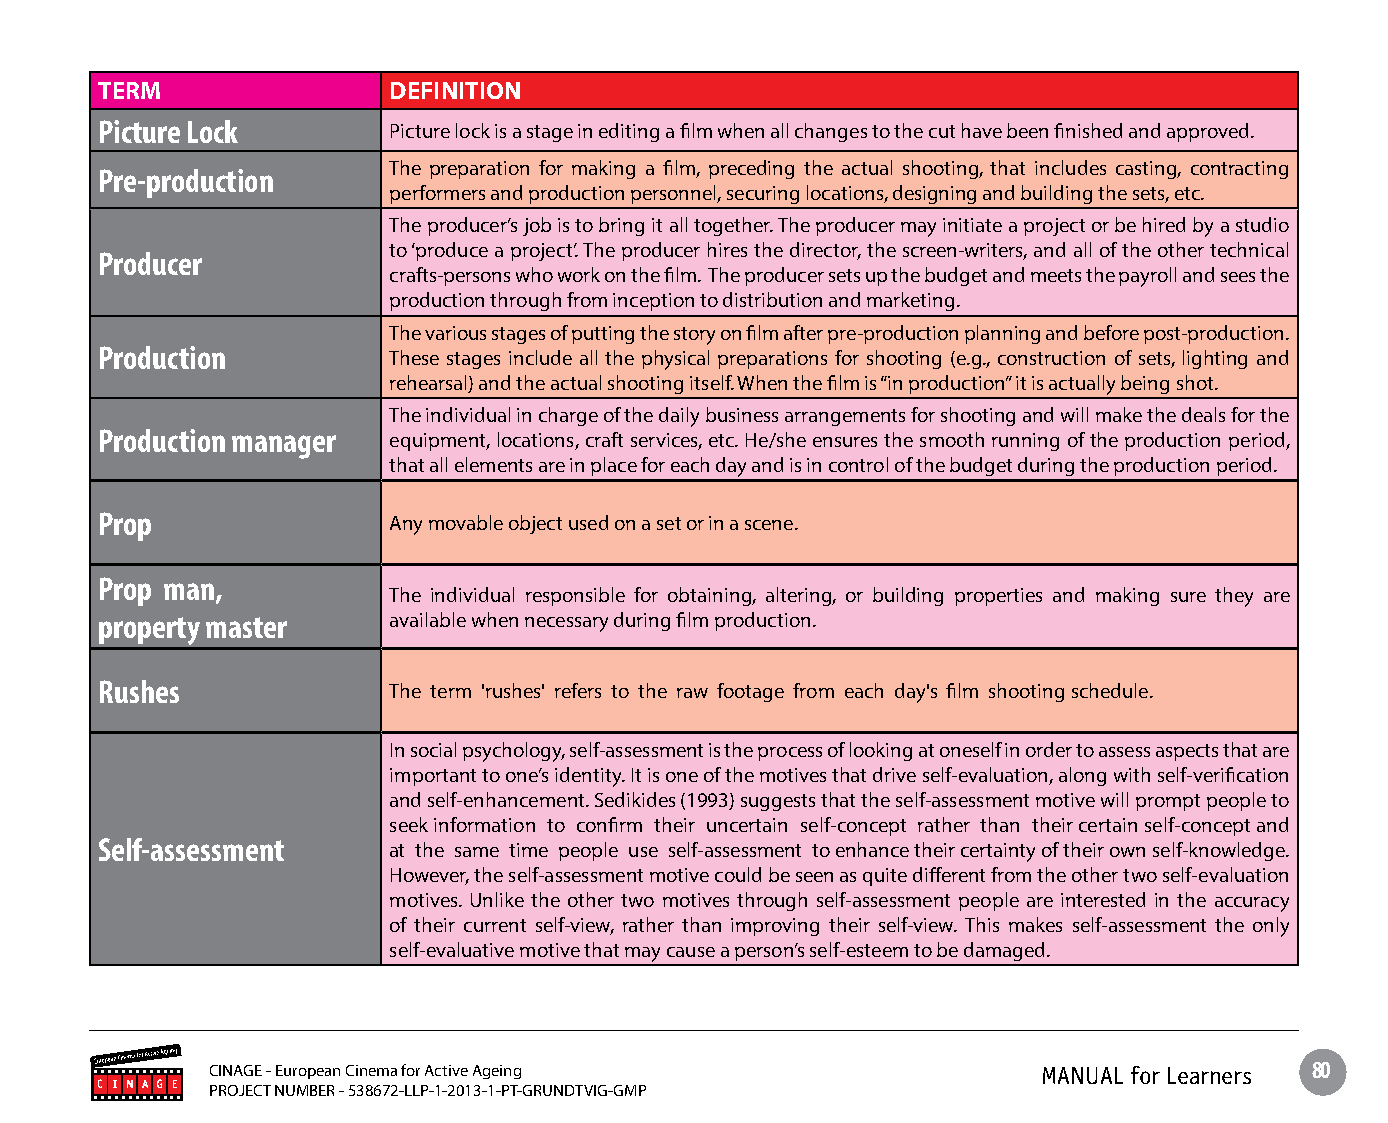
TERM                DEFINITION
 Picture Lock        Picture lock is a stage in editing a film when all changes to the cut have been finished and approved.
 The preparation for making a film, preceding the actual shooting, that includes casting, contracting
 Pre-production
 performers and production personnel, securing locations, designing and building the sets, etc.
 The producer’s job is to bring it all together. The producer may initiate a project or be hired by a studio
 to ‘produce a project’. The producer hires the director, the screen-writers, and all of the other technical
 Producer
 crafts-persons who work on the film. The producer sets up the budget and meets the payroll and sees the
 production through from inception to distribution and marketing.
 The various stages of putting the story on film after pre-production planning and before post-production.
 Production          These stages include all the physical preparations for shooting (e.g., construction of sets, lighting and
 rehearsal) and the actual shooting itself. When the film is “in production” it is actually being shot.
 The individual in charge of the daily business arrangements for shooting and will make the deals for the
 Production manager  equipment, locations, craft services, etc. He/she ensures the smooth running of the production period,
 that all elements are in place for each day and is in control of the budget during the production period.
 Prop                Any movable object used on a set or in a scene.
 Prop man,
 The individual responsible for obtaining, altering, or building properties and making sure they are
 property master     available when necessary during film production.
 Rushes              The term 'rushes' refers to the raw footage from each day's film shooting schedule.
 In social psychology, self-assessment is the process of looking at oneself in order to assess aspects that are
 important to one’s identity. It is one of the motives that drive self-evaluation, along with self-verification
 and self-enhancement. Sedikides (1993) suggests that the self-assessment motive will prompt people to
 seek information to confirm their uncertain self-concept rather than their certain self-concept and
 Self-assessment     at the same time people use self-assessment to enhance their certainty of their own self-knowledge.
 However, the self-assessment motive could be seen as quite different from the other two self-evaluation
 motives. Unlike the other two motives through self-assessment people are interested in the accuracy
 of their current self-view, rather than improving their self-view. This makes self-assessment the only
 self-evaluative motive that may cause a person’s self-esteem to be damaged.
 CINAGE - European Cinema for Active Ageing             MANUAL for Learners 80
 PROJECT NUMBER - 538672-LLP-1-2013-1-PT-GRUNDTVIG-GMP